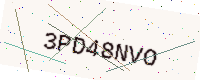
Text: 3PD48NVO